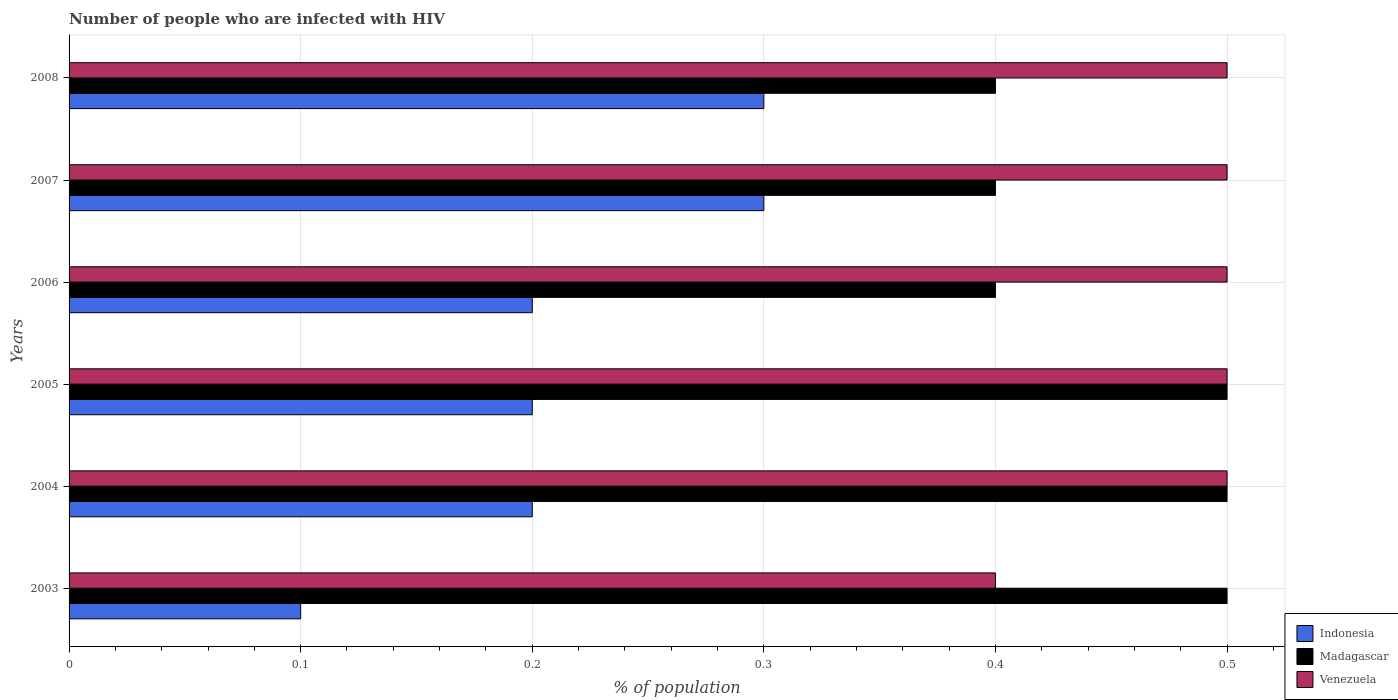
| Years | Indonesia | Madagascar | Venezuela |
 | --- | --- | --- | --- |
 | 2003 | 0.1 | 0.5 | 0.4 |
 | 2004 | 0.2 | 0.5 | 0.5 |
 | 2005 | 0.2 | 0.5 | 0.5 |
 | 2006 | 0.2 | 0.4 | 0.5 |
 | 2007 | 0.3 | 0.4 | 0.5 |
 | 2008 | 0.3 | 0.4 | 0.5 |